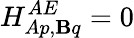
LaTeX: H_{Ap,\mathbf{B}q}^{AE}=0